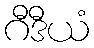
ဂီဒီယံ